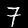
Label: 7